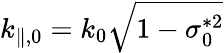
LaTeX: k_{\parallel,0}=k_{0}\sqrt{1-\sigma_{0}^{*2}}